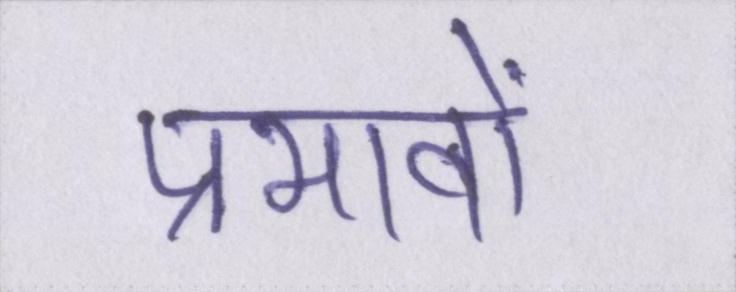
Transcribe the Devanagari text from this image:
प्रभावों